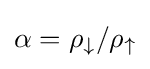
\alpha =\rho _{\downarrow }/\rho _{\uparrow }